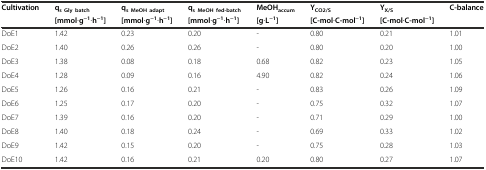
<table><thead><tr><td rowspan="2"><b>Cultivation</b></td><td><b>q<sub>s</sub><sub>Gly batch</sub></b></td><td><b>q<sub>s MeOH adapt</sub></b></td><td><b>q<sub>s MeOH fed-batch</sub></b></td><td><b>MeOH<sub>accum</sub></b></td><td><b>Y<sub>CO2/S</sub></b></td><td><b>Y<sub>X/S</sub></b></td><td rowspan="2"><b>C-balance</b></td></tr><tr><td><b>[mmol∙g<sup>−1</sup>∙h<sup>−1</sup>]</b></td><td><b>[mmol∙g<sup>−1</sup>∙h<sup>−1</sup>]</b></td><td><b>[mmol∙g<sup>−1</sup>∙h<sup>−1</sup>]</b></td><td><b>[g∙L<sup>−1</sup>]</b></td><td><b>[C-mol∙C-mol<sup>−1</sup>]</b></td><td><b>[C-mol∙C-mol<sup>−1</sup>]</b></td></tr></thead><tbody><tr><td>DoE1</td><td>1.42</td><td>0.23</td><td>0.20</td><td>-</td><td>0.80</td><td>0.21</td><td>1.01</td></tr><tr><td>DoE2</td><td>1.40</td><td>0.26</td><td>0.26</td><td>-</td><td>0.80</td><td>0.20</td><td>1.00</td></tr><tr><td>DoE3</td><td>1.38</td><td>0.08</td><td>0.18</td><td>0.68</td><td>0.82</td><td>0.23</td><td>1.05</td></tr><tr><td>DoE4</td><td>1.28</td><td>0.09</td><td>0.16</td><td>4.90</td><td>0.82</td><td>0.24</td><td>1.06</td></tr><tr><td>DoE5</td><td>1.26</td><td>0.16</td><td>0.21</td><td>-</td><td>0.83</td><td>0.26</td><td>1.09</td></tr><tr><td>DoE6</td><td>1.25</td><td>0.17</td><td>0.20</td><td>-</td><td>0.75</td><td>0.32</td><td>1.07</td></tr><tr><td>DoE7</td><td>1.39</td><td>0.16</td><td>0.20</td><td>-</td><td>0.71</td><td>0.29</td><td>1.00</td></tr><tr><td>DoE8</td><td>1.40</td><td>0.18</td><td>0.24</td><td>-</td><td>0.69</td><td>0.33</td><td>1.02</td></tr><tr><td>DoE9</td><td>1.42</td><td>0.15</td><td>0.20</td><td>-</td><td>0.75</td><td>0.28</td><td>1.03</td></tr><tr><td>DoE10</td><td>1.42</td><td>0.16</td><td>0.21</td><td>0.20</td><td>0.80</td><td>0.27</td><td>1.07</td></tr></tbody></table>